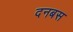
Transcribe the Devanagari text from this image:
दनबस